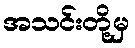
အသင်းတို့မှ